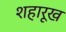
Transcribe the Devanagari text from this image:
शहारूख